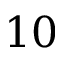
1 0